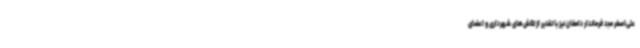
علی‌اصغر مجد فرماندار دامغان نیز با تقدیر از تلاش‌های شهرداری و اعضای